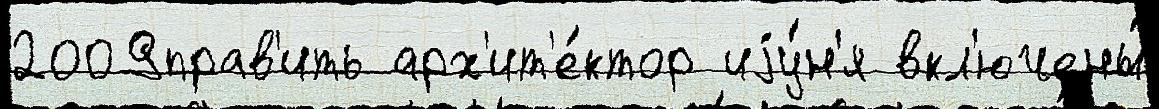
2009прав'ить арх'ит'е́ктор иjу́н'я вкл'ючены́